Annual administration and progress report of the Indian Medical Department, Bombay
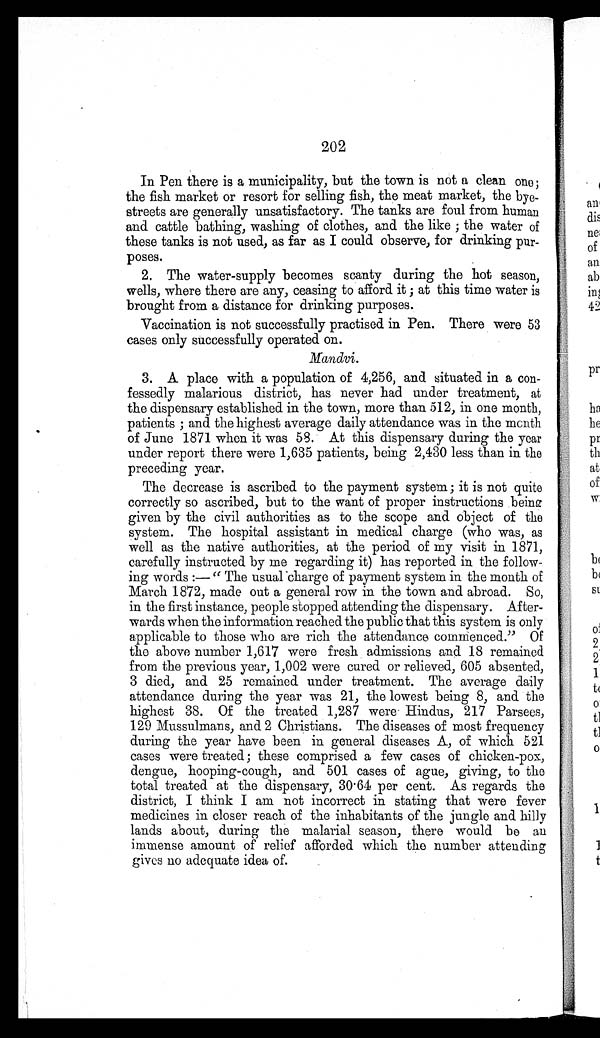
202
In Pen there is a municipality, but the town is not a clean one;
the fish market or resort for selling fish, the meat market, the bye
-
streets are generally unsatisfactory. The tanks are foul from human
and cattle bathing, washing of clothes, and the like; the water of
these tanks is not used, as far as I could observe, for drinking pur
-
poses.
2. The water-supply becomes scanty during the hot season,
wells, where there are any, ceasing to afford it; at this time water is
brought from a distance for drinking purposes.
Vaccination is not successfully practised in Pen. There were 53
cases only successfully operated on.
Mandvi.
3. A place with a population of 4,256, and situated in a con
-
fessedly malarious district, has never had under treatment, at
the dispensary established in the town, more than 512, in one month,
patients; and the highest average daily attendance was in the month
of June 1871 when it was 58. At this dispensary during the year
under report there were 1,635 patients, being 2,430 less than in the
preceding year.
The decrease is ascribed to the payment system; it is not quite
correctly so ascribed, but to the want of proper instructions being
given by the civil authorities as to the scope and object of the
system. The hospital assistant in medical charge (who was, as
well as the native authorities, at the period of my visit in 1871,
carefully instructed by me regarding it) has reported in the follow
-
ing words:— "The usual charge of payment system in the month of
March 1872, made out a general row in the town and abroad. So,
in the first instance, people stopped attending the dispensary. After
-
wards when the information reached the public that this system is only
applicable to those who are rich the attendance commenced." Of
the above number 1,617 were fresh admissions and 18 remained
from the previous year, 1,002 were cured or relieved, 605 absented,
3 died, and 25 remained under treatment. The average daily
attendance during the year was 21, the lowest being 8, and the
highest 38. Of the treated 1,287 were Hindus, 217 Parsees,
129 Mussulmans, and 2 Christians. The diseases of most frequency
during the year have been in general diseases A, of which 521
cases were treated; these comprised a few cases of chicken-pox,
dengue, hooping-cough, and 501 cases of ague, giving, to the
total treated at the dispensary, 30.64 per cent. As regards the
district, I think I am not incorrect in stating that were fever
medicines in closer reach of the inhabitants of the jungle and hilly
lands about, during the malarial season, there would be an
immense amount of relief afforded which the number attending
gives no adequate idea of.